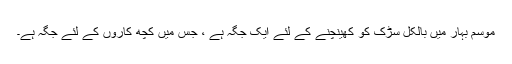
موسم بہار میں بالکل سڑک کو کھینچنے کے لئے ایک جگہ ہے ، جس میں کچھ کاروں کے لئے جگہ ہے۔